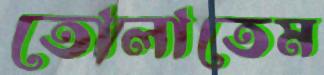
তোলাতেম